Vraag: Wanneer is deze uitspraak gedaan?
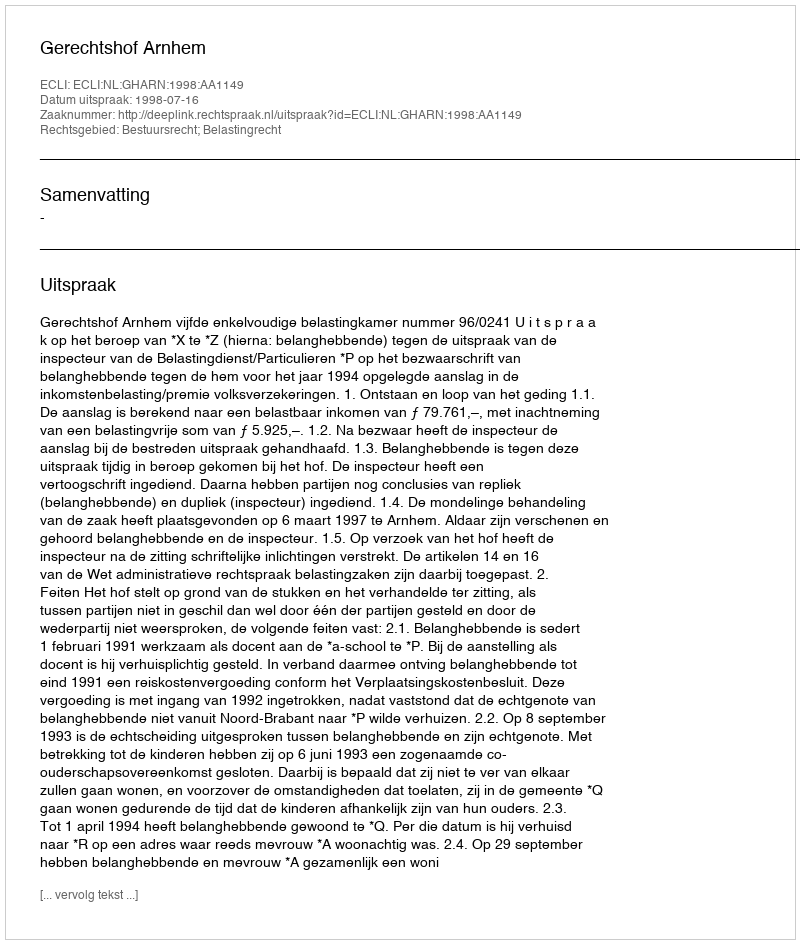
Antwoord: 1998-07-16